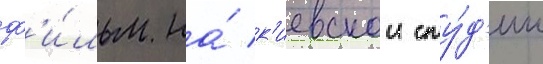
ф'и́льм на́ к'иевскои сту́д'ии